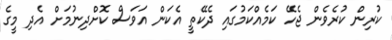
ކުރިން ކުރެވެން ޖެހޭ ކަމެއްކަމުގައި ދެކޭތީ އެކަން އަވަސް ކޮށްދިނުމަށް އެދި މީގެ